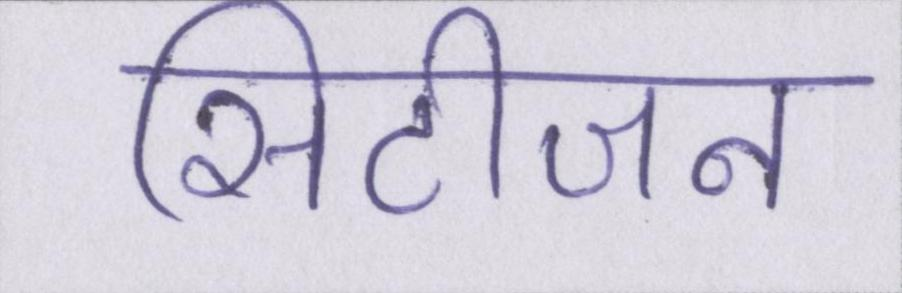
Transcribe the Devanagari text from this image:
सिटीजन